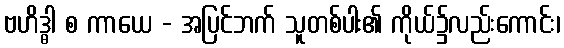
ဗဟိဒ္ဓါ စ ကာယေ - အပြင်ဘက် သူတစ်ပါး၏ ကိုယ်၌လည်းကောင်း၊